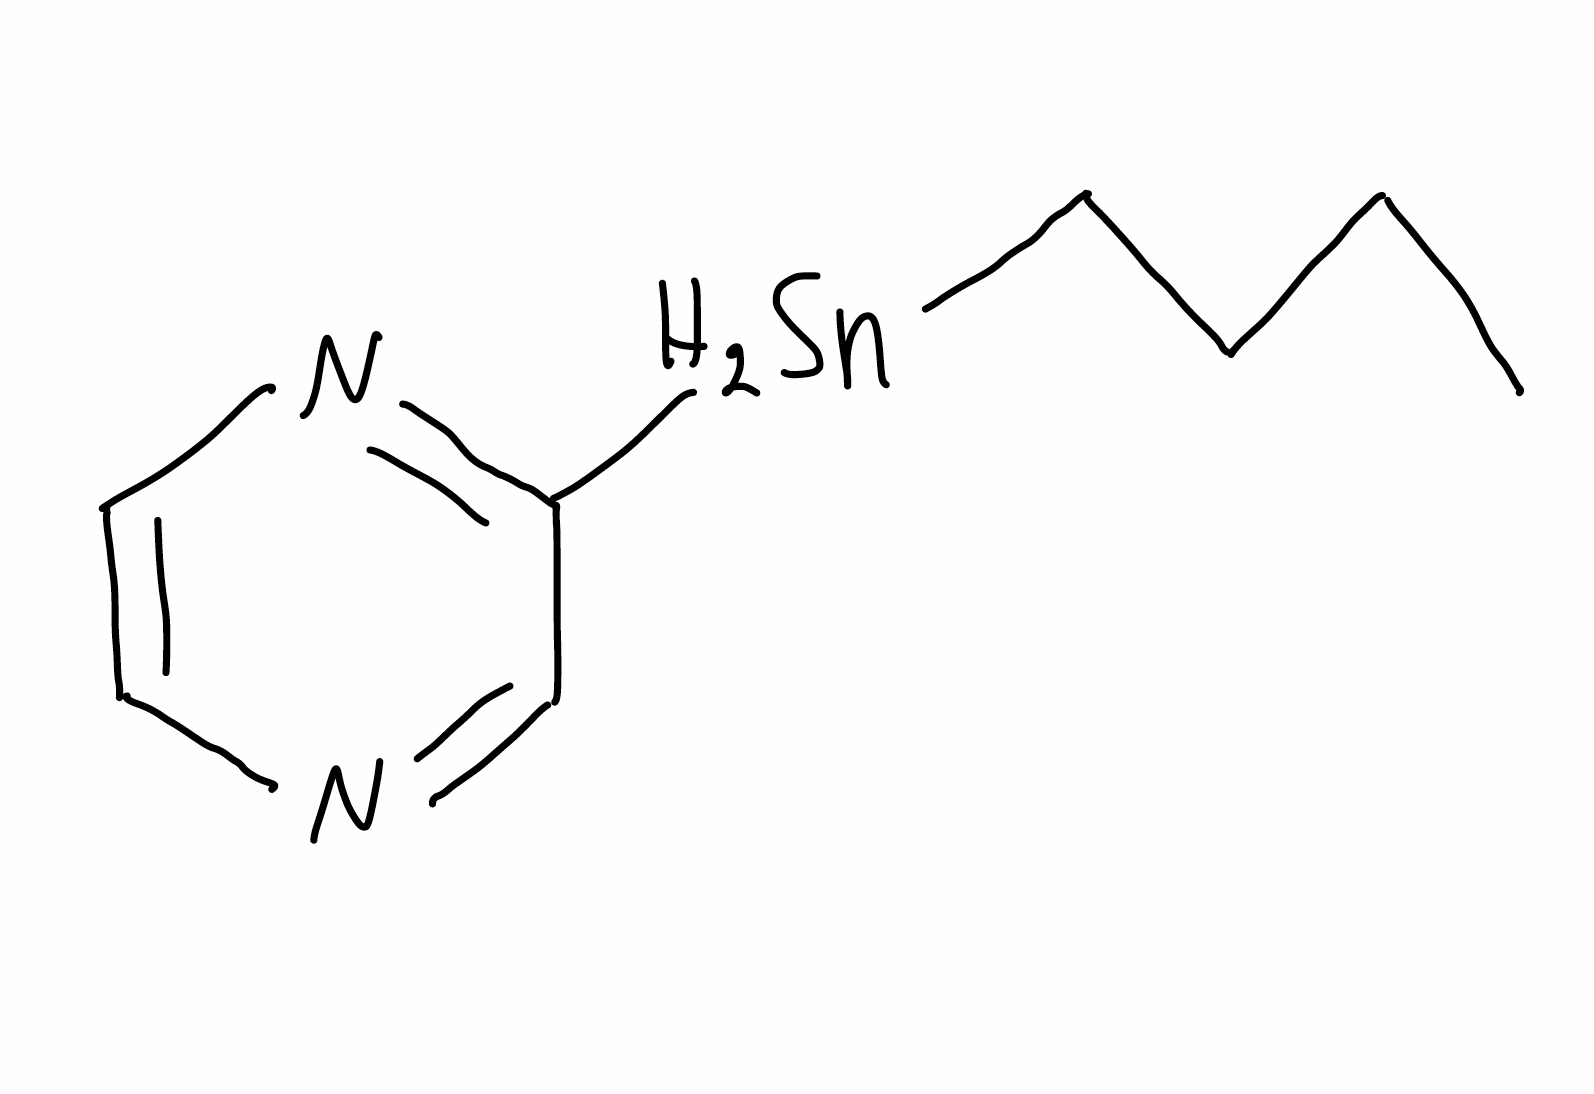
Simplified molecular-input line-entry system (SMILES) notation of the given molecule:
CCCC[SnH2]C1=NC=CN=C1